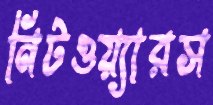
নিটওয়্যারস